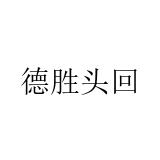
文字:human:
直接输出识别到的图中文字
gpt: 德胜头回